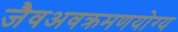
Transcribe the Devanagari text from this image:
जैवअवक्रमणयोग्य